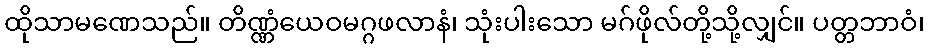
ထိုသာမဏေသည်။ တိဏ္ဏံယေဝမဂ္ဂဖလာနံ၊ သုံးပါးသော မဂ်ဖိုလ်တို့သို့လျှင်။ ပတ္တဘာဝံ၊